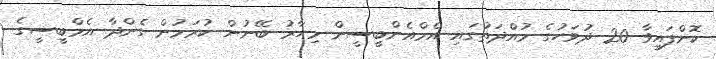
ކޮށްފައިވާ 20 ދުވަހުގެ މުއްދަތުގައި އެމްއެންބީސީން މިހާރު ބޭނުން ކުރަމުން ގެންދާ އެމްބީސީގެ